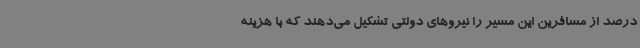
درصد از مسافرین این مسیر را نیروهای دولتی تشکیل می‌دهند که با هزینه